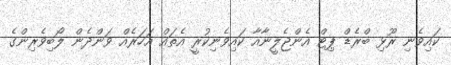
ކައިވެނި ރޫޅި ބްރެޑް ޕިޓް އެންޖެލީނާއާ ކައިވެނިކުރީ އެތައް އަހަރެއް ވަންދެން ލޯބިވެރިންގެ